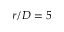
r / D = 5